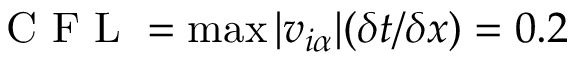
\mathrm { ~ C ~ F ~ L ~ } = \operatorname* { m a x } | v _ { i \alpha } | ( \delta t / \delta x ) = 0 . 2